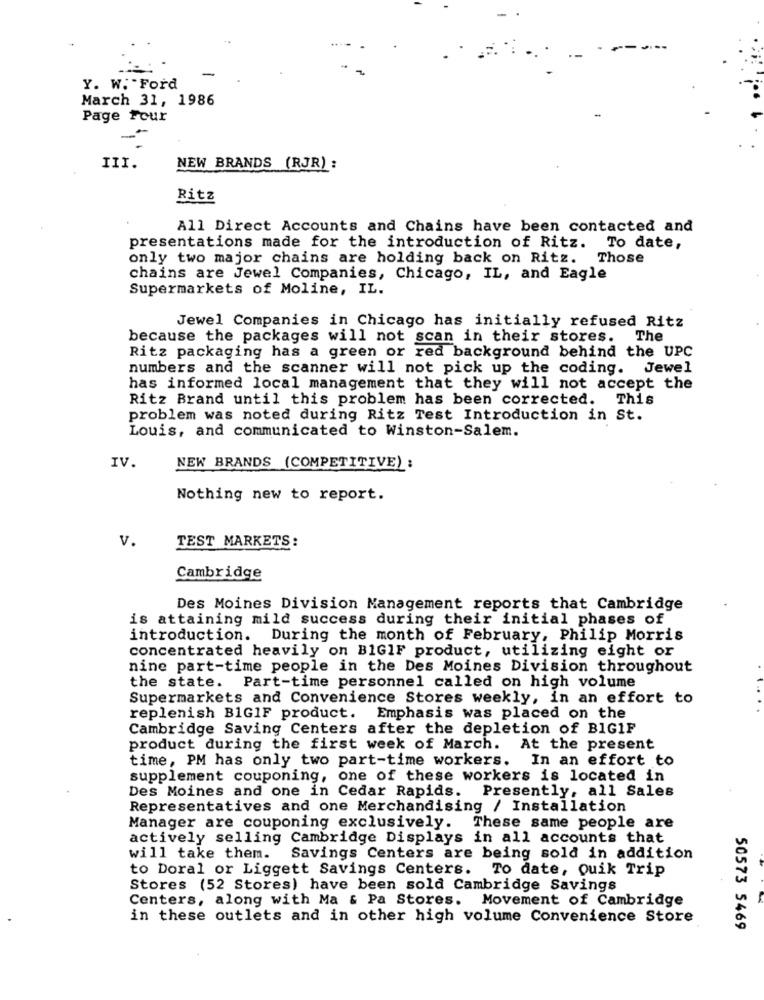
Y. W. Ford
March 31, 1986
Page Four
III.
NEW BRANDS (RJR) :
Ritz
All Direct Accounts and Chains have been contacted and
presentations made for the introduction of Ritz. To date,
only two major chains are holding back on Ritz. Those
chains are Jewel Companies, Chicago, IL, and Eagle
Supermarkets of Moline, IL.
Jewel Companies in Chicago has initially refused Ritz
because the packages will not scan in their stores. The
Ritz packaging has a green or red background behind the UPC
numbers and the scanner will not pick up the coding. Jewel
has informed local management that they will not accept the
Ritz Brand until this problem has been corrected. This
problem was noted during Ritz Test Introduction in St.
Louis, and communicated to Winston-Salem.
IV.
NEW BRANDS (COMPETITIVE) :
Nothing new to report.
v.
TEST MARKETS:
Cambridge
Des Moines Division Management reports that Cambridge
is attaining mild success during their initial phases of
introduction. During the month of February, Philip Morris
concentrated heavily on BIGIF product, utilizing eight or
nine part-time people in the Des Moines Division throughout
the state. Part-time personnel called on high volume
Supermarkets and Convenience Stores weekly, in an effort to
replenish B1GIF product. Emphasis was placed on the
Cambridge Saving Centers after the depletion of BIG1F
product during the first week of March.
At the present
time, PM has only two part-time workers. In an effort to
supplement couponing, one of these workers is located in
Presently, all Sales
Des Moines and one in Cedar Rapids.
Representatives and one Merchandising / Installation
Manager are couponing exclusively. These same people are
actively selling Cambridge Displays in all accounts that
will take them.
Savings Centers are being sold in addition
to Doral or Liggett Savings Centers. To date, Quik Trip
Stores (52 Stores) have been sold Cambridge Savings
Centers, along with Ma & Pa Stores. Movement of Cambridge
in these outlets and in other high volume Convenience Store
50573 5469